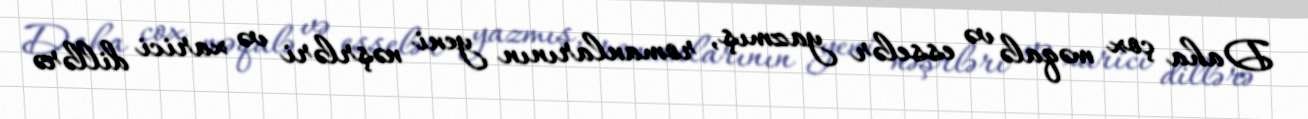
Daha çox məqalə və esselər yazmış, romanlarının yeni nəşrləri və xarici dillərə